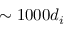
\sim 1 0 0 0 d _ { i }